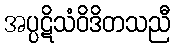
အပ္ပဋိသံဝိဒိတသညီ